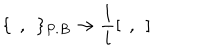
\{ \: \: , \: \: \} _ { P . B } \rightarrow \frac { 1 } { i } [ \: \: , \: \: ]